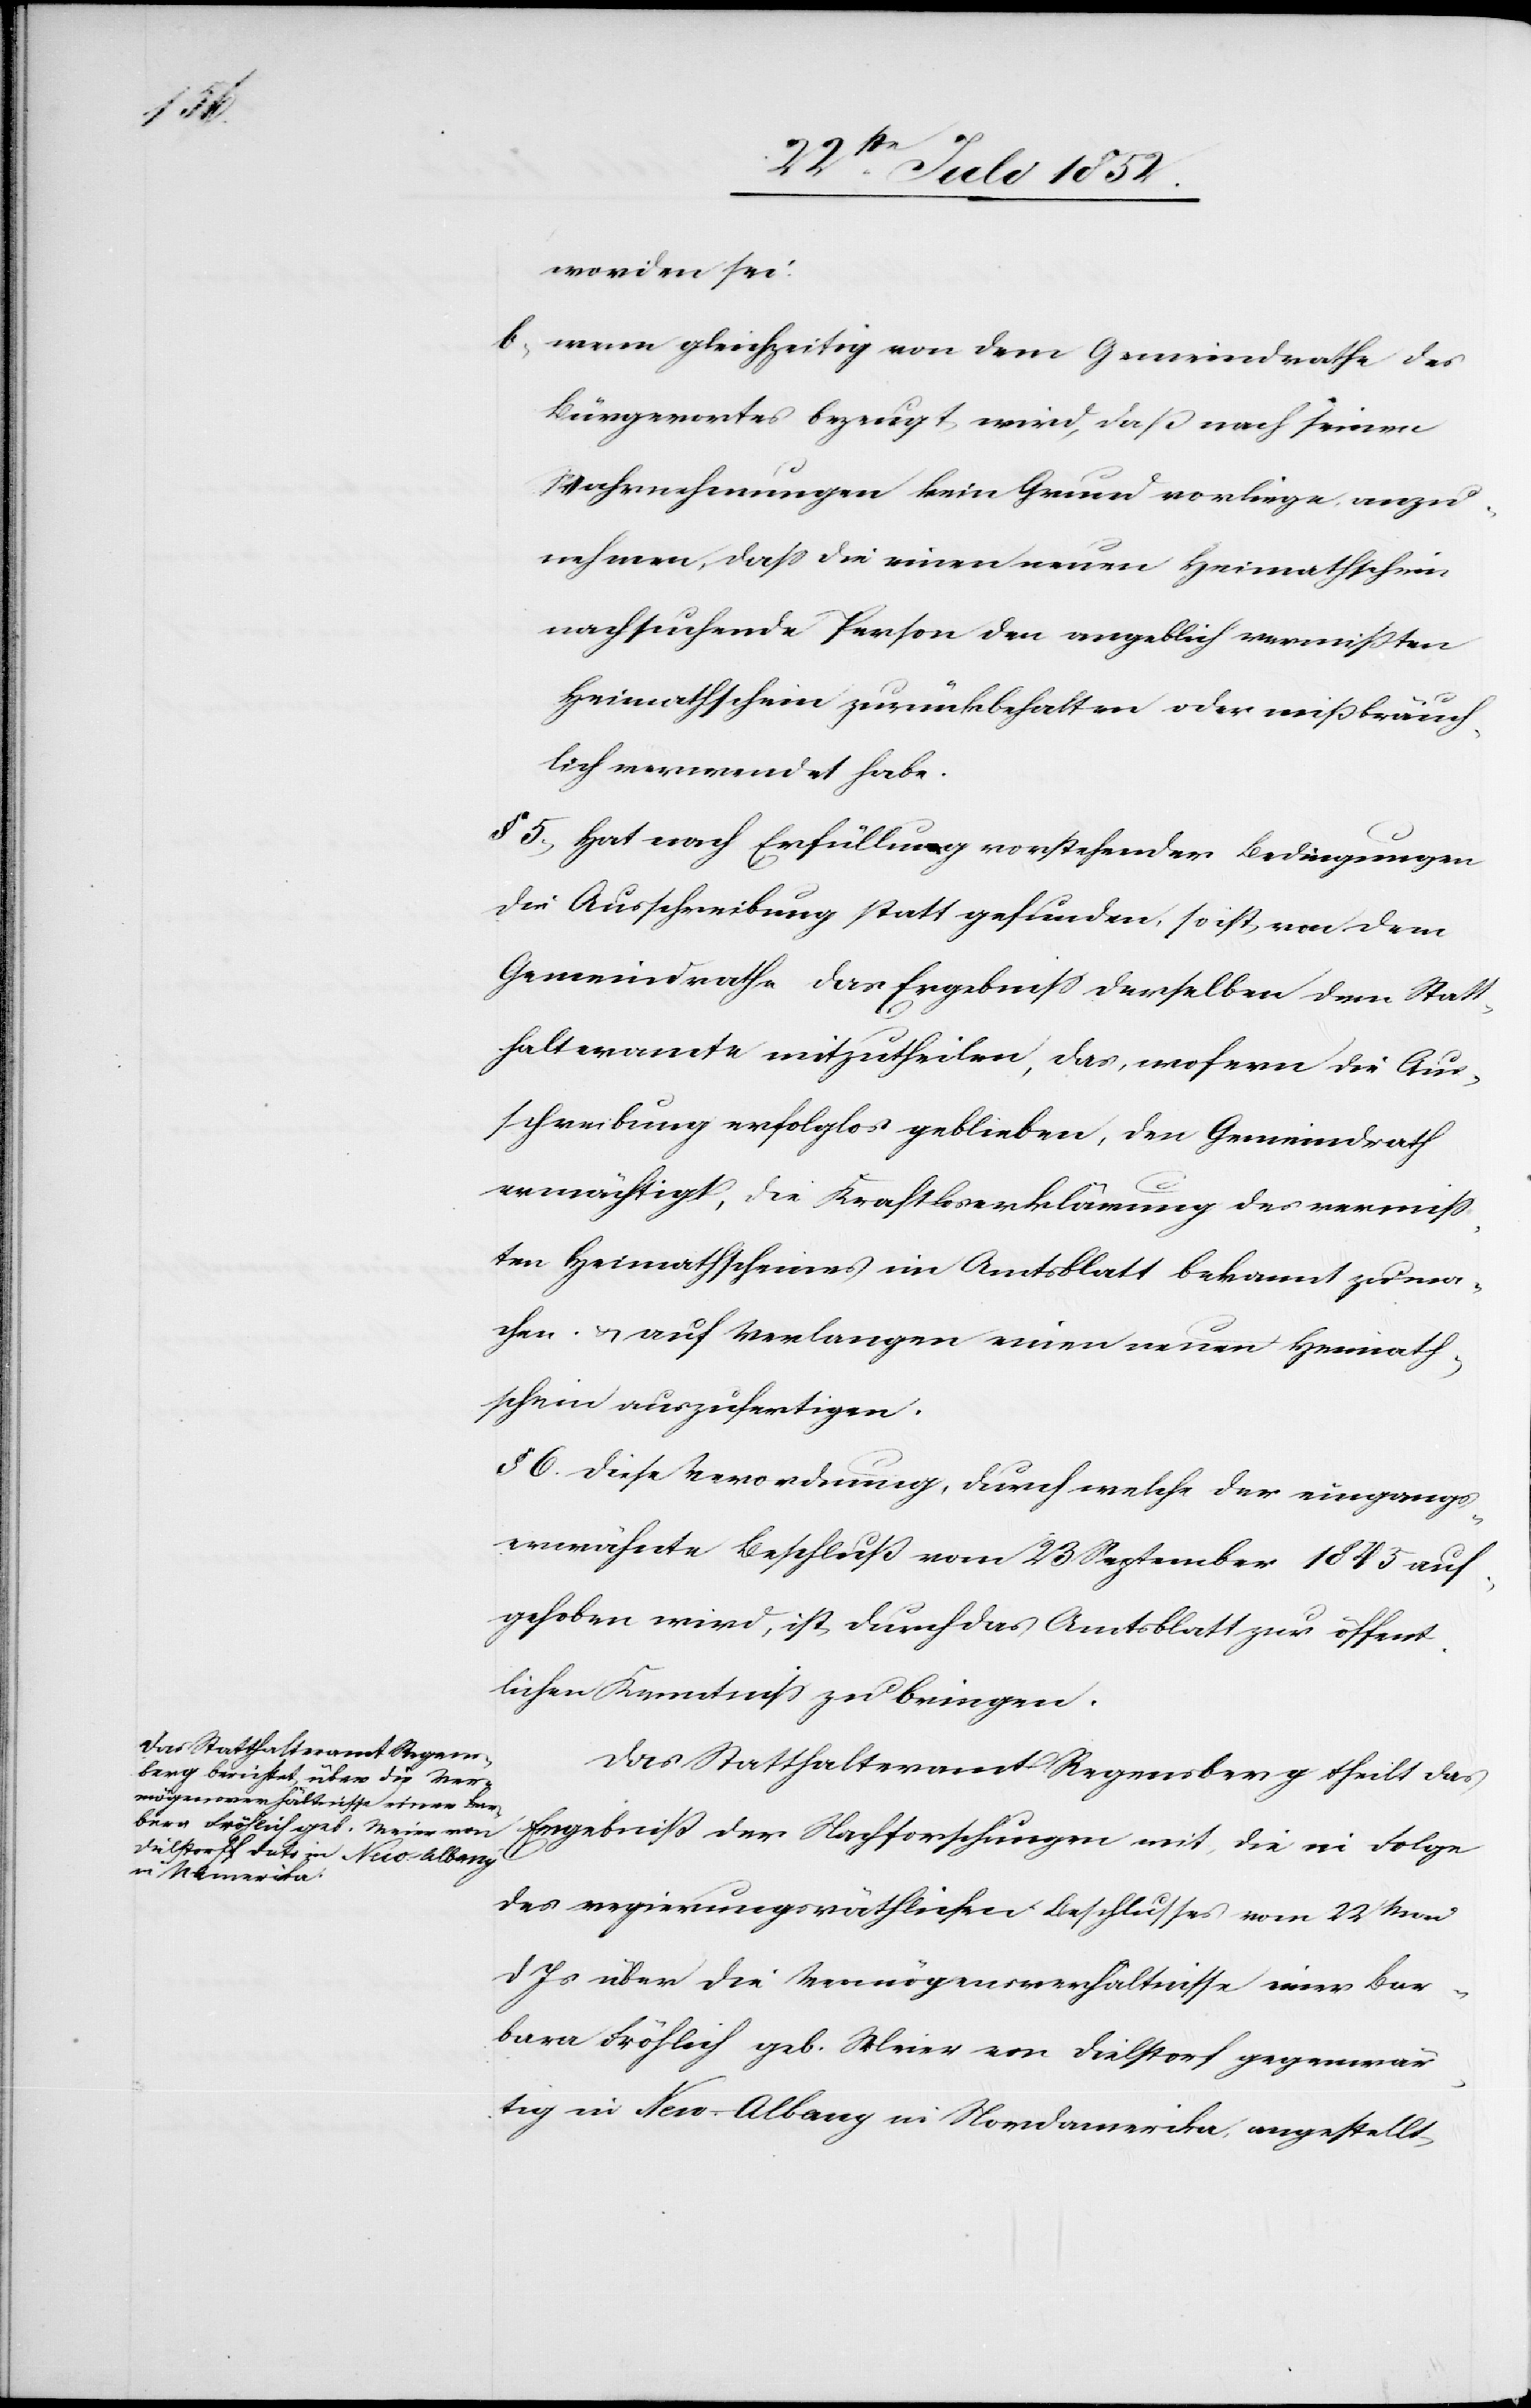
worden sei.
wenn gleichzeitig von dem Gemeindrathe des
Bürgerortes bezeugt wird, daß nach seinen
Wahrnehmungen kein Grund vorliege, anzu¬
nehmen, dass die einen neuen Heimathschein
nachsuchende Person den angeblich vermißten
Heimathschein zurückbehalten oder mißbräuch¬
lich verwendet habe.
§ 5, Hat nach Erfüllung vorstehender Bedingungen
die Ausschreibung statt gefunden, so ist von dem
Gemeindrathe das Ergebniss derselben dem Statt¬
halteramte mitzutheilen, das, wofern die Aus¬
schreibung erfolglos geblieben, den Gemeindrath
ermächtigt, die Kraftloserklärung des vermiss¬
ten Heimathscheines im Amtsblatt bekannt zu ma¬
chen & auf Verlangen einen neuen Heimath¬
schein auszufertigen.
§ 6. Diese Verordnung, durch welche der eingangs¬
erwähnte Beschluß vom 23 September 1845 auf¬
gehoben wird, ist durch das Amtsblatt zur öffent¬
lichen Kenntniss zu bringen.
Das Statthalteramt Regensberg theilt das
Ergebniß der Nachforschungen mit, die in Folge
des regierungsräthlichen Beschlusses vom 22 Mai
d Js über die Vermögensverhältnisse einer Bar¬
bara Fröhlich geb. Meier von Dielstorf gegenwär¬
tig in New-Albany in Nordamerika, angestellt